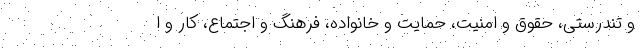
و تندرستی، حقوق و امنیت، حمایت و خانواده، فرهنگ و اجتماع، کار و ا